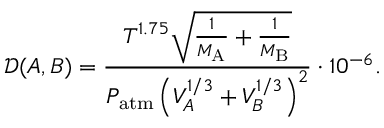
\mathcal { D } ( A , B ) = \frac { T ^ { 1 . 7 5 } \sqrt { \frac { 1 } { M _ { \mathrm { A } } } + \frac { 1 } { M _ { \mathrm { B } } } } } { P _ { \mathrm { a t m } } \left( V _ { A } ^ { 1 / 3 } + V _ { B } ^ { 1 / 3 } \right) ^ { 2 } } \cdot 1 0 ^ { - 6 } .